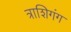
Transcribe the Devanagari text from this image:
त्राशिगंग